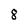
Character: 8